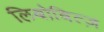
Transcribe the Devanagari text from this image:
लिबोबित्ज़